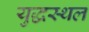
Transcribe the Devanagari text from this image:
युद्धस्‍थल